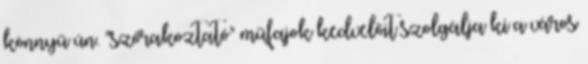
könnyű ún. "szórakoztató" műfajok kedvelőit szolgálja ki a város